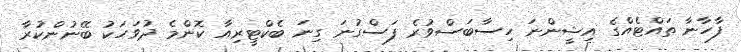
ފާހާނާ ތައްޓެއްގެ އިޝީންނަ ހިސާބަސްވުރެ ފަސްގުނަ ގިނަ ބެކްޓީރިއާ ކޮންމެ ދުވަހަކު ބޭނުންކުރާ